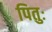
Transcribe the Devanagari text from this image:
पितुः